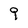
Character: 9